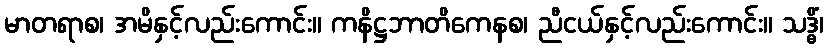
မာတရာစ၊ အမိနှင့်လည်းကောင်း။ ကနိဋ္ဌဘာတိကေနစ၊ ညီငယ်နှင့်လည်းကောင်း။ သဒ္ဓိံ၊